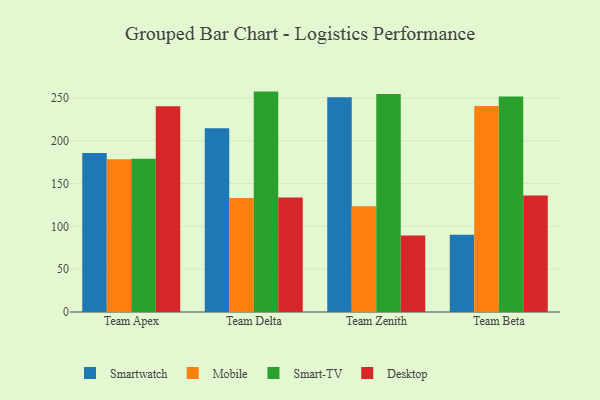
{"axis": {"x": "Team", "y": "Conversion Rate (%)"}, "legend": ["Desktop", "Mobile", "Smart-TV", "Smartwatch"], "data": [{"x": "Team Apex", "y": 185.7, "type": "Smartwatch"}, {"x": "Team Apex", "y": 178.3, "type": "Mobile"}, {"x": "Team Apex", "y": 178.8, "type": "Smart-TV"}, {"x": "Team Apex", "y": 240.2, "type": "Desktop"}, {"x": "Team Delta", "y": 214.4, "type": "Smartwatch"}, {"x": "Team Delta", "y": 133.0, "type": "Mobile"}, {"x": "Team Delta", "y": 257.3, "type": "Smart-TV"}, {"x": "Team Delta", "y": 133.7, "type": "Desktop"}, {"x": "Team Zenith", "y": 250.7, "type": "Smartwatch"}, {"x": "Team Zenith", "y": 123.5, "type": "Mobile"}, {"x": "Team Zenith", "y": 254.4, "type": "Smart-TV"}, {"x": "Team Zenith", "y": 89.4, "type": "Desktop"}, {"x": "Team Beta", "y": 90.3, "type": "Smartwatch"}, {"x": "Team Beta", "y": 240.4, "type": "Mobile"}, {"x": "Team Beta", "y": 251.7, "type": "Smart-TV"}, {"x": "Team Beta", "y": 136.0, "type": "Desktop"}]}